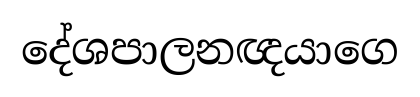
දේශපාලනඥයාගෙ